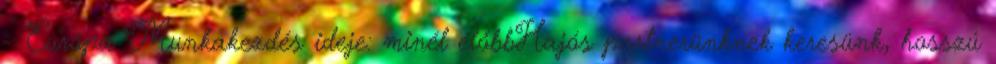
- Európa Munkakezdés ideje: minél előbbHajós partnerünknek keresünk, hosszú